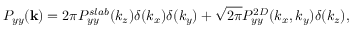
P _ { y y } ( \mathbf { k } ) = 2 \pi P _ { y y } ^ { s l a b } ( k _ { z } ) \delta ( k _ { x } ) \delta ( k _ { y } ) + \sqrt { 2 \pi } P _ { y y } ^ { 2 D } ( k _ { x } , k _ { y } ) \delta ( k _ { z } ) ,